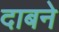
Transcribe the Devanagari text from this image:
दाबने